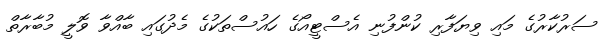
ސަރުކާރުގެ މައި ވިޔަފާރި ކުންފުނި އެސްޓީއޯގެ ހައުސްތަކުގެ މެދުގައި ބާއްވާ ވޮލީ މުބާރާތް